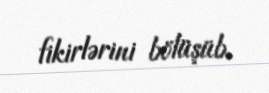
fikirlərini bölüşüb.